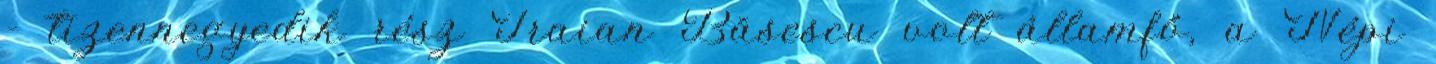
- tizennegyedik rész Traian Băsescu volt államfő, a Népi